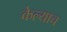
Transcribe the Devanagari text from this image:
केल्याच